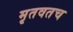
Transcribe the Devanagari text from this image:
मृतवतच